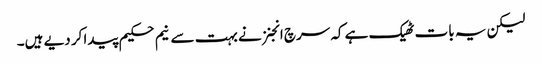
لیکن یہ بات ٹھیک ہے کہ سرچ انجنز نے بہت سے نیم حکیم پیدا کر دیے ہیں۔